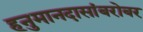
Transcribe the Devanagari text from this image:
हनुमानदासांबरोबर